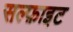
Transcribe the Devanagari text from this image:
सल्फ़ाइट